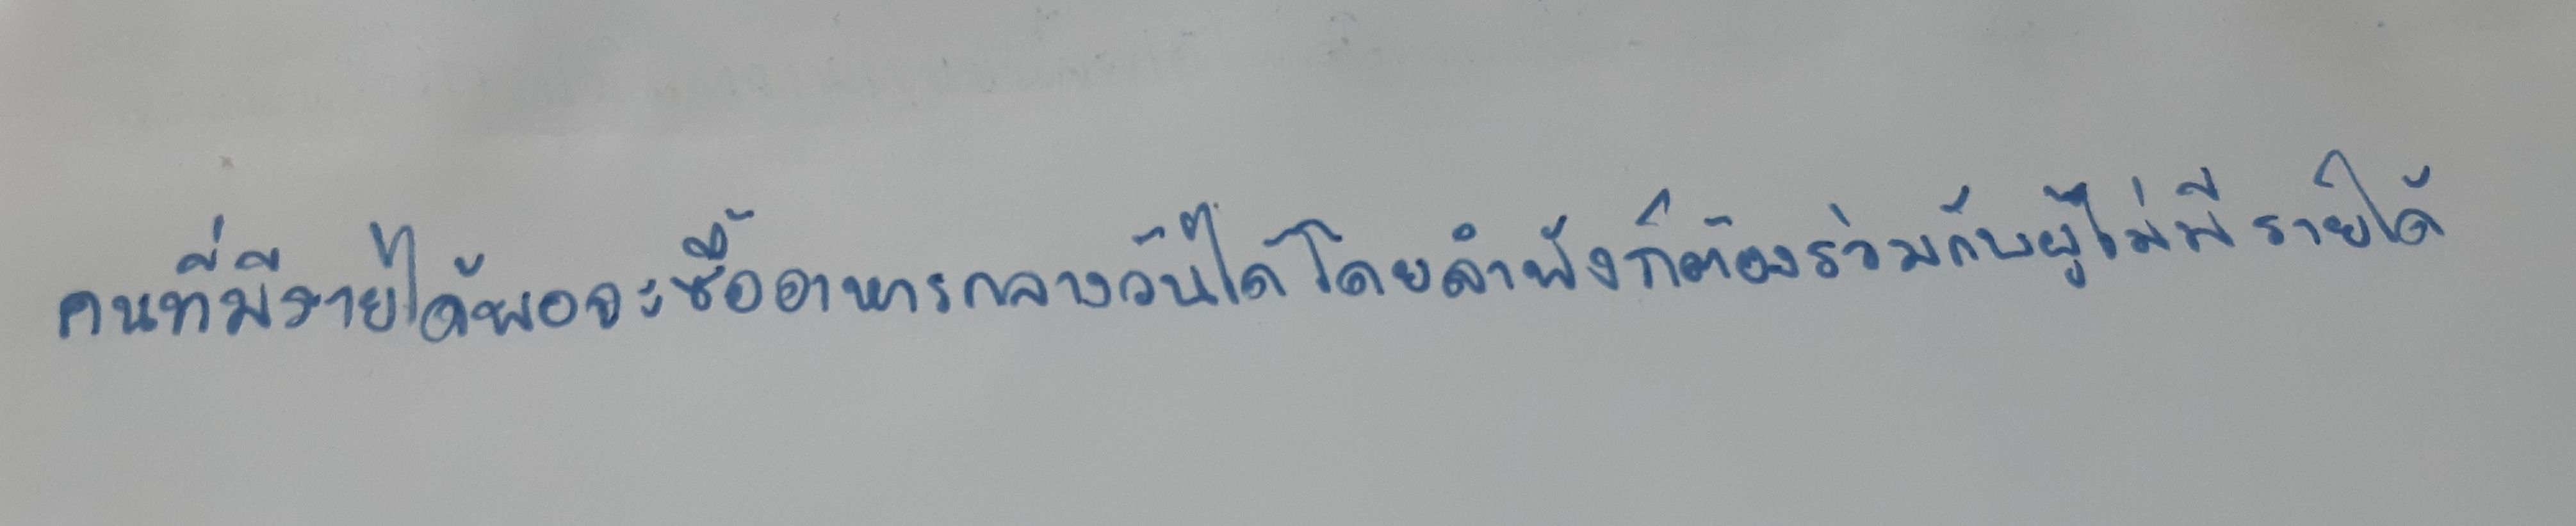
และนึกภาพไม่ออกว่าหญิงสาวจะกู้สถานะการณ์ครอบครัวได้ยังไง